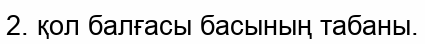
2. қол балғасы басының табаны.